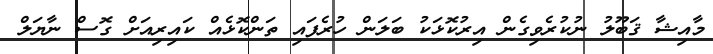
މާއިޝާ ޤަބޫލު ނުކުރެވިގެން އިރުކޮޅަކު ބަލަން ހުރެފައި ތަންކޮޅެއް ކައިރިއަށް ގޮސް ނާޔަލް